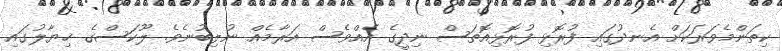
ކިތަންމެވަރަކަށް އެނދުގައި ފުރޮޅި ފުރޮޅިއޮތަސް ނިދީގެ އެއްވެސް އަރާމެއް ނުލިބުނެވެ. ލޫކަސްގެ ޚިޔާލުގައި